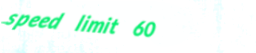
speed limit 60